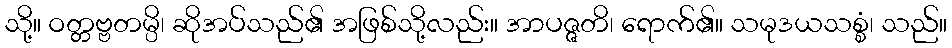
သို့။ ဝတ္တဗ္ဗတမ္ပိ၊ ဆိုအပ်သည်၏ အဖြစ်သို့လည်း။ အာပဇ္ဇတိ၊ ရောက်၏။ သမုဒယသစ္စံ၊ သည်။